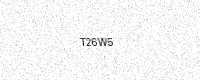
Text: T26W5